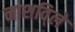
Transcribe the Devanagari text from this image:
नाशवि्ले